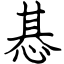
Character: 惎